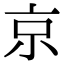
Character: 京